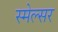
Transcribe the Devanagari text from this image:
स्मेल्सर